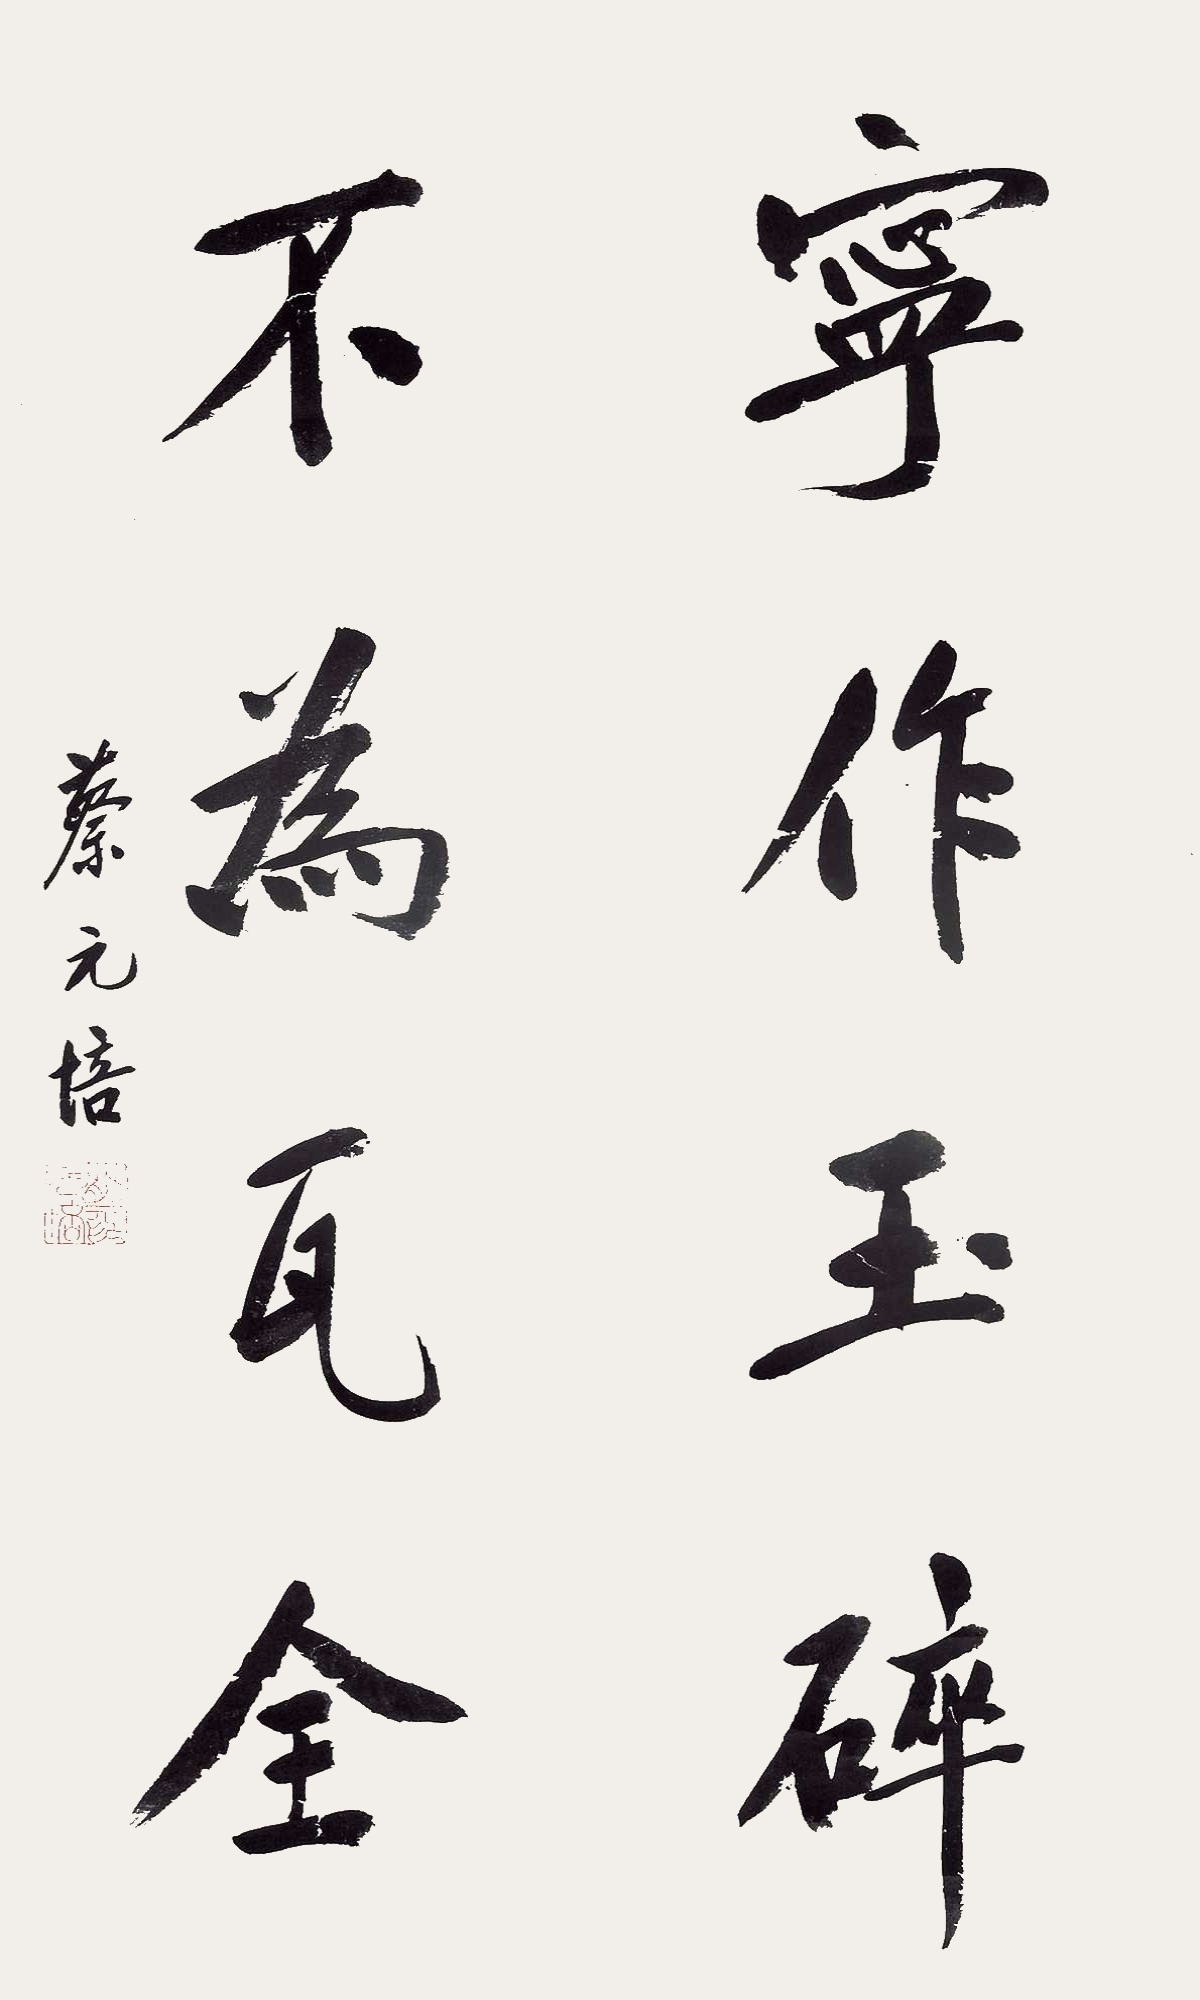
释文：宁作玉碎，不为瓦全。蔡元培印